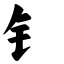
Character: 钅